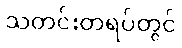
သတင်းတရပ်တွင်